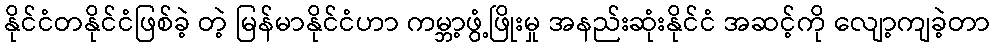
နိုင်ငံတနိုင်ငံဖြစ်ခဲ့ တဲ့ မြန်မာနိုင်ငံဟာ ကမ္ဘာ့ဖွံ့ဖြိုးမှု အနည်းဆုံးနိုင်ငံ အဆင့်ကို လျော့ကျခဲ့တာ